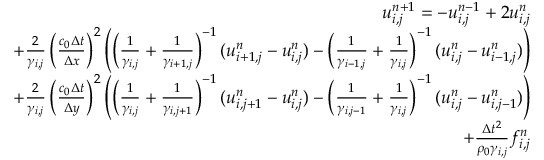
\begin{array} { r } { u _ { i , j } ^ { n + 1 } = - u _ { i , j } ^ { n - 1 } + 2 u _ { i , j } ^ { n } } \\ { + \frac { 2 } { \gamma _ { i , j } } \left( \frac { c _ { 0 } \Delta t } { \Delta x } \right) ^ { 2 } \left( \left( \frac { 1 } { \gamma _ { i , j } } + \frac { 1 } { \gamma _ { i + 1 , j } } \right) ^ { - 1 } ( u _ { i + 1 , j } ^ { n } - u _ { i , j } ^ { n } ) - \left( \frac { 1 } { \gamma _ { i - 1 , j } } + \frac { 1 } { \gamma _ { i , j } } \right) ^ { - 1 } ( u _ { i , j } ^ { n } - u _ { i - 1 , j } ^ { n } ) \right) } \\ { + \frac { 2 } { \gamma _ { i , j } } \left( \frac { c _ { 0 } \Delta t } { \Delta y } \right) ^ { 2 } \left( \left( \frac { 1 } { \gamma _ { i , j } } + \frac { 1 } { \gamma _ { i , j + 1 } } \right) ^ { - 1 } ( u _ { i , j + 1 } ^ { n } - u _ { i , j } ^ { n } ) - \left( \frac { 1 } { \gamma _ { i , j - 1 } } + \frac { 1 } { \gamma _ { i , j } } \right) ^ { - 1 } ( u _ { i , j } ^ { n } - u _ { i , j - 1 } ^ { n } ) \right) } \\ { + \frac { \Delta t ^ { 2 } } { \rho _ { 0 } \gamma _ { i , j } } f _ { i , j } ^ { n } } \end{array}